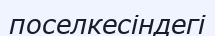
поселкесіндегі